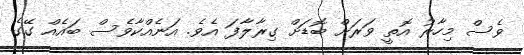
ވެސް މިހާރު އޮތީ ވަރަށް ބޮޑަށް ގިރާލާފަ އެވެ. އަނެއްކާވެސް ބައެއް ގޭގެ